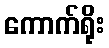
ကောက်ရိုး